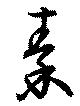
秦